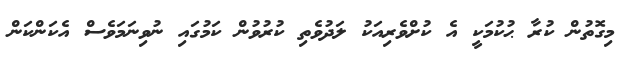
މިގޮތުން ކުރާ ޙުކުމަކީ އެ ކުށްވެރިއަކު ލަދުވެތި ކުރުވުން ކަމުގައި ނުވިނަމަވެސް އެކަންކަން